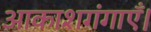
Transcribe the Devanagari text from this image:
आकाशगंगाएँ।